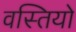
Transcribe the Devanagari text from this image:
वस्तियो